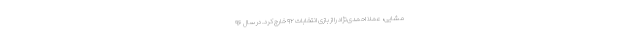
مشایی، عملا احمدی‌نژاد را از بازی انتخابات ۹۲ خارج کرد. در سال ۹۶